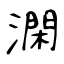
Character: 澖